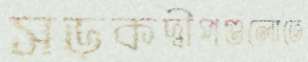
সড়কদ্বীপগুলোতে